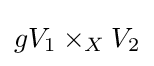
gV_{1}\times _{X}V_{2}